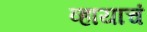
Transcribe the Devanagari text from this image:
व्हायाचं